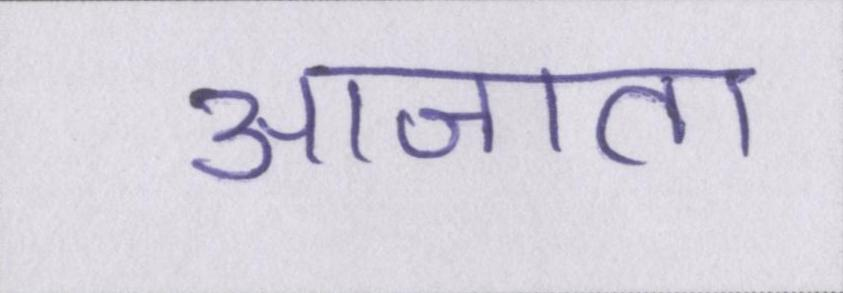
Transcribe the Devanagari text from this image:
आजा॑ता